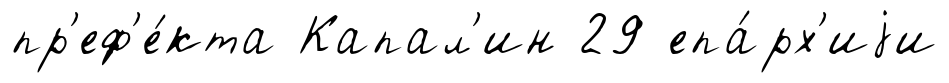
пр'еф'е́кта Капал'ин 29 епа́рх'иjи